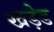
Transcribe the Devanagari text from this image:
खड़ेड